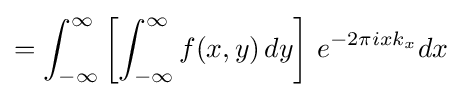
=\int _{-\infty }^{\infty }\left[\int _{-\infty }^{\infty }f(x,y)\,dy\right]\,e^{-2\pi ixk_{x}}dx